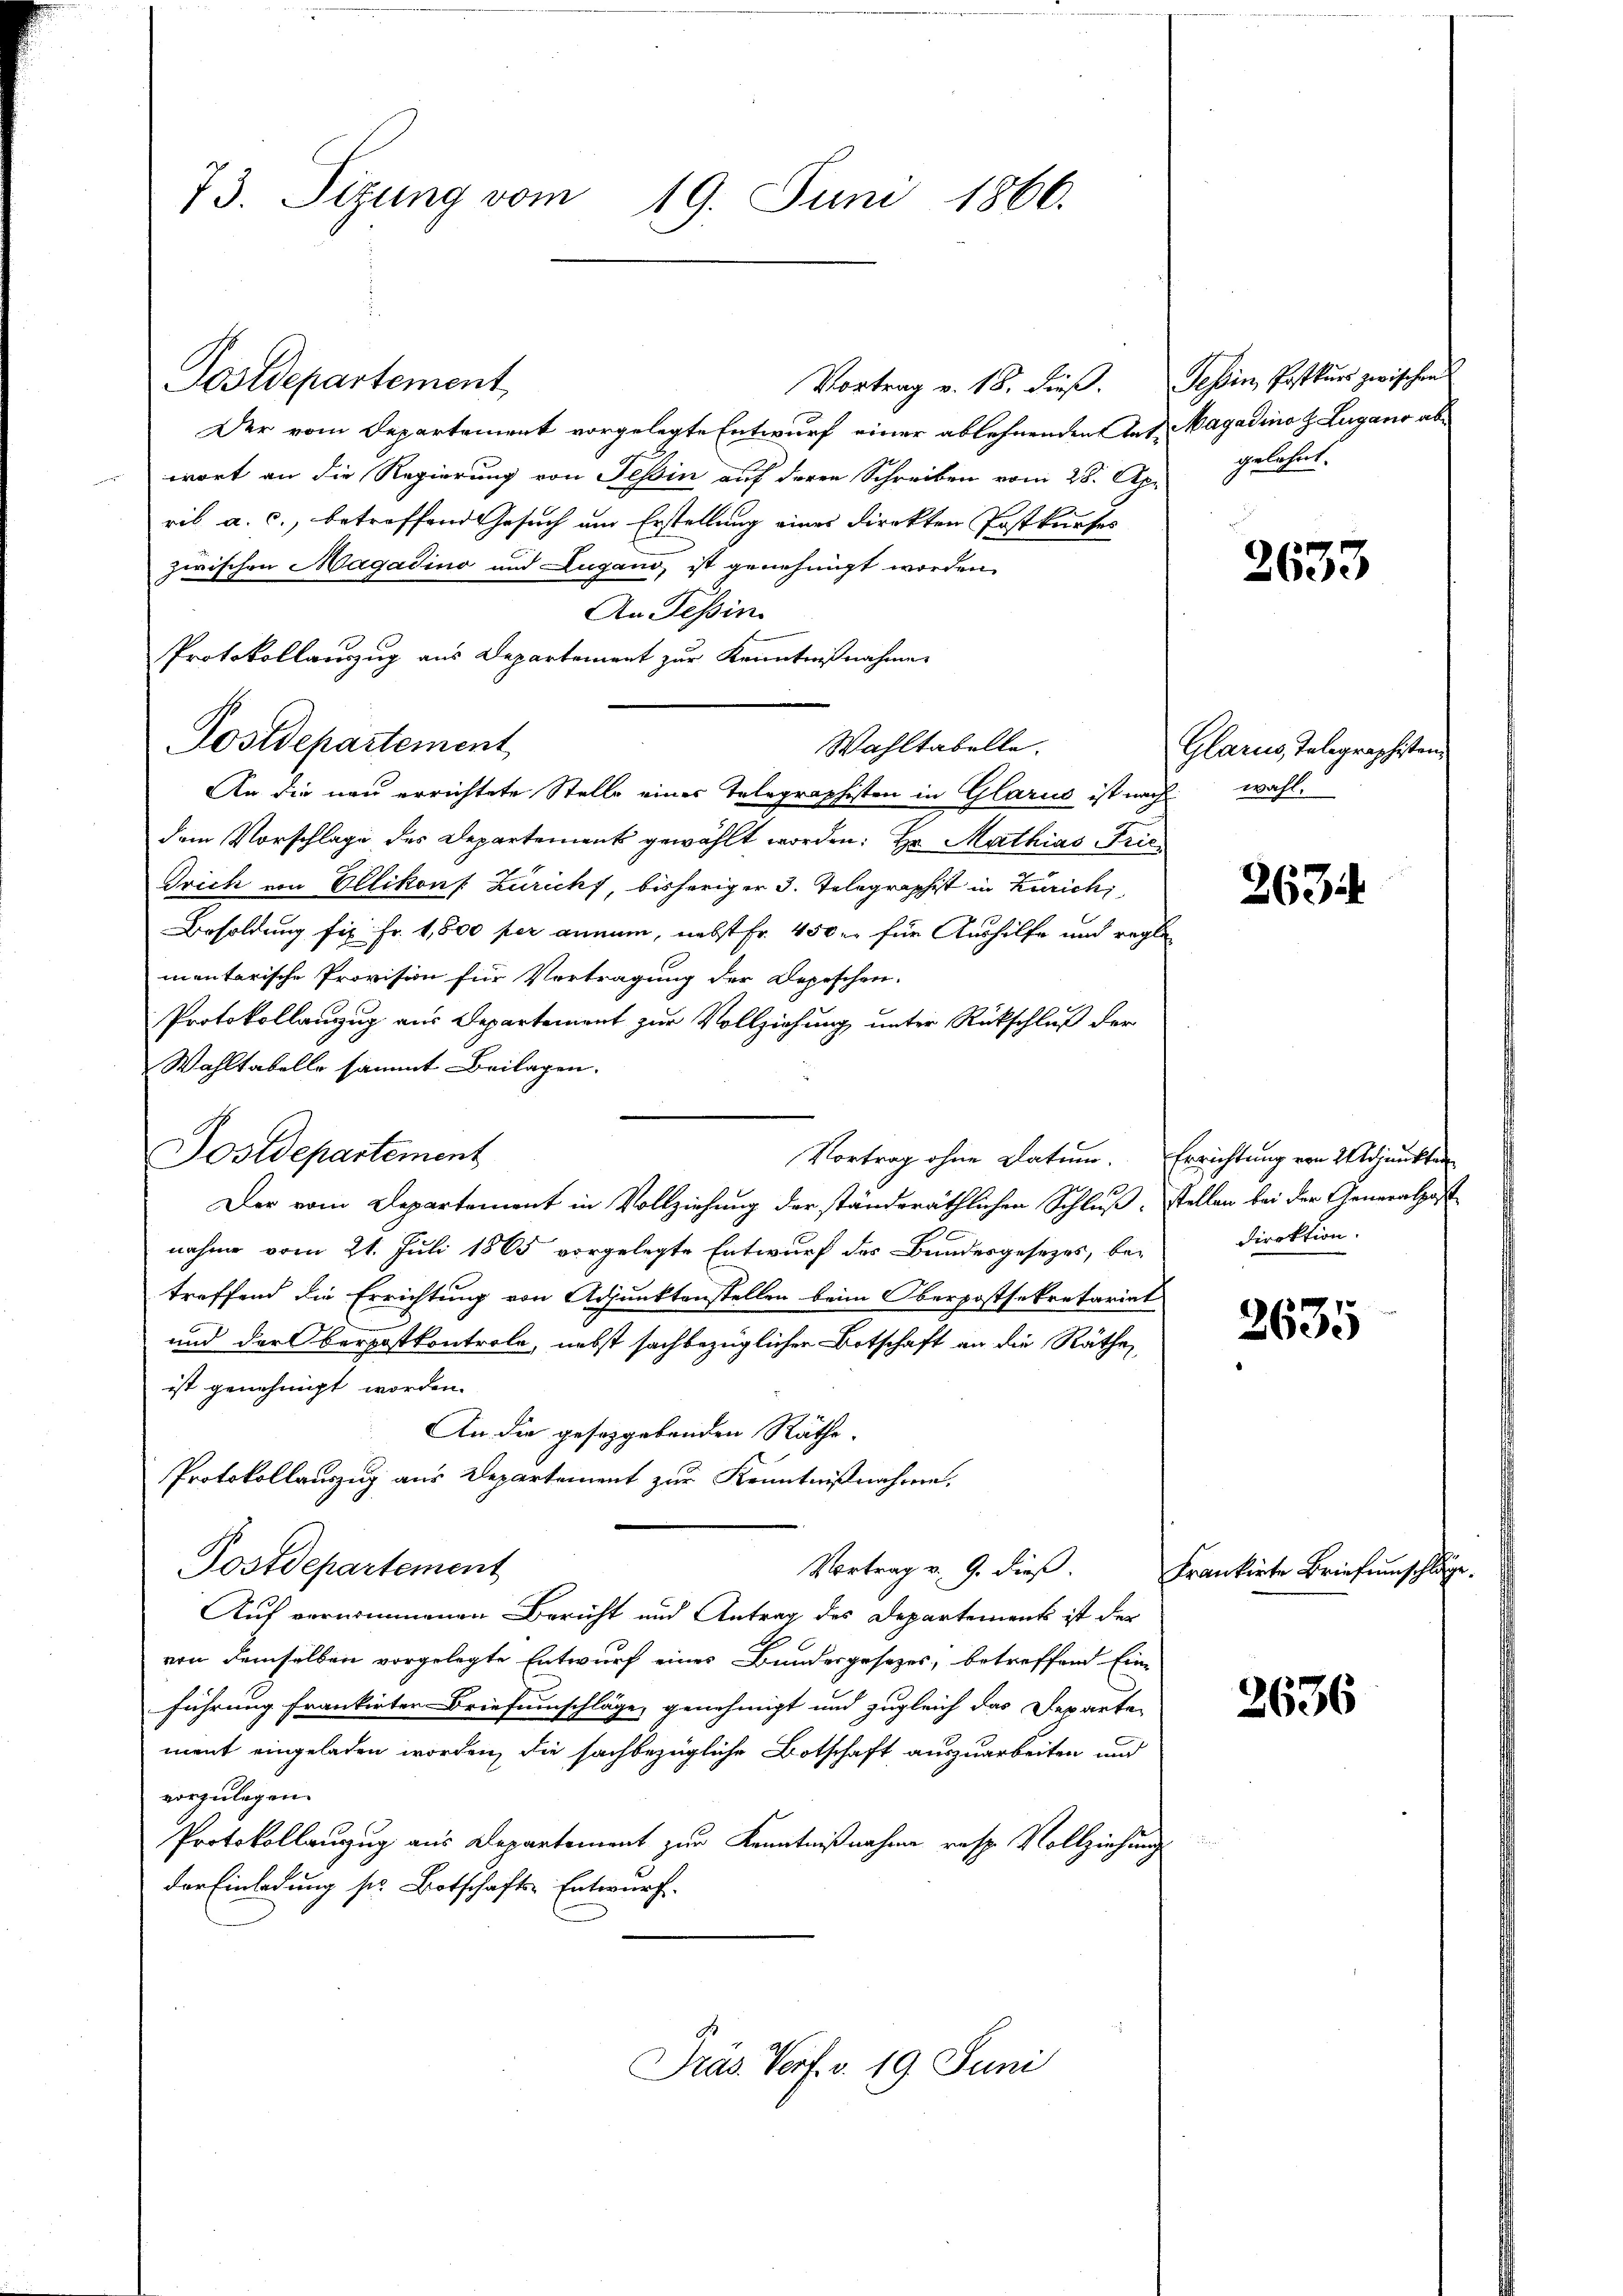
73. Sizung vom 19. Juni 1866.

Postdepartement
Vortrag v. 18. dieβ. Tessin, Postkŭrs zwischen
Der vom Departement vorgelegte Entwurf einer ablehnenden Ant. Nagadino z. Lugano abwort an die Regierung von Tessin auf deren Schreiben vom 28. Apr
ril a. c., betreffend Gesuch um Erstellung eines direkten Postkaufes
zwischen Magadino und Lugand, ist genehmigt worden.
An Tessin
Protokollauszug aus Departement zur Kenntnißnahme
Wahltabelle.
An die neu errichtete Stelle eines Telegraphisten in Glarus ist nach wohl.
dem Vorschlage des Departement gewählt worden: Hr. Mathias Frie¬
Trich von Ellikon f. Zürich, bisheriger 3. Telegraphist in Zürich
Besoldung fix Fr. 1,800 per anmann, nebst fr. 450 er für Aushilfe und regle
mentarische Provision für Vertragung der Depeschen.
Protokollauszug aus Departement zur Vollziehung unter Rückschluß der
Wahltabelle sammt Beilagen.
Tostdepartement
Vortrag ohne Datum. Errichtung von 2 Adjunkten
Der vom Departement in Vollziehung der ständeräthlichen Schluß stellen bei der Generalpost
nahme vom 21. Juli 1865 vorgelegte Entwurf des Bundesgesezes, betreffend die Errichtung von Adjunktenstellen beim Oberpostsekretariat
und der berpostkontrole, nebst sachbezüglicher Botschaft an die Räthe,
ist genehmigt worden.
An die gesetzgebenden Räthe.
Protokollauszug aus Departement zur Kenntnißnahme.
Postdepartement
Vortrag v. 9. dieß.
Auf vernommenen Bericht und Antrag des Departement ist der
von demselben vorgelegte Entwurf eines Bundesgesezes, betreffend Ein-
führung frankirter Briefumschläge, genehmigt und zugleich das Departe-
ment eingeladen worden, die sachbezügliche Botschaft auszuarbeiten und
vorzulegen.
Protokollauzug aus Departement zur Kenntnißnahme resp. Vollziehung
der Einladung sr. Botschafts-Entwurf.
Präs. Verf. v. 19. Juni

Postdepartement

gelehnt.

2633

Glarus, Telegraphisten

2634

Direktion.

2635

Frankirte Briefumschläge.

2636